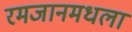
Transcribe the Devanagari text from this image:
रमजानमधला